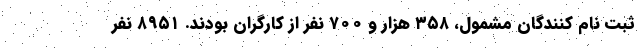
ثبت نام کنندگان مشمول، ۳۵۸ هزار و ۷۰۰ نفر از کارگران بودند. ۸۹۵۱ نفر